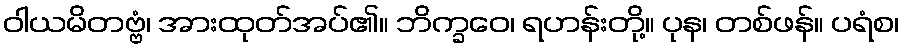
ဝါယမိတဗ္ဗံ၊ အားထုတ်အပ်၏။ ဘိက္ခဝေ၊ ရဟန်းတို့။ ပုန၊ တစ်ဖန်။ ပရံစ၊